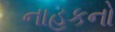
નાહકનો